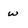
Character: w